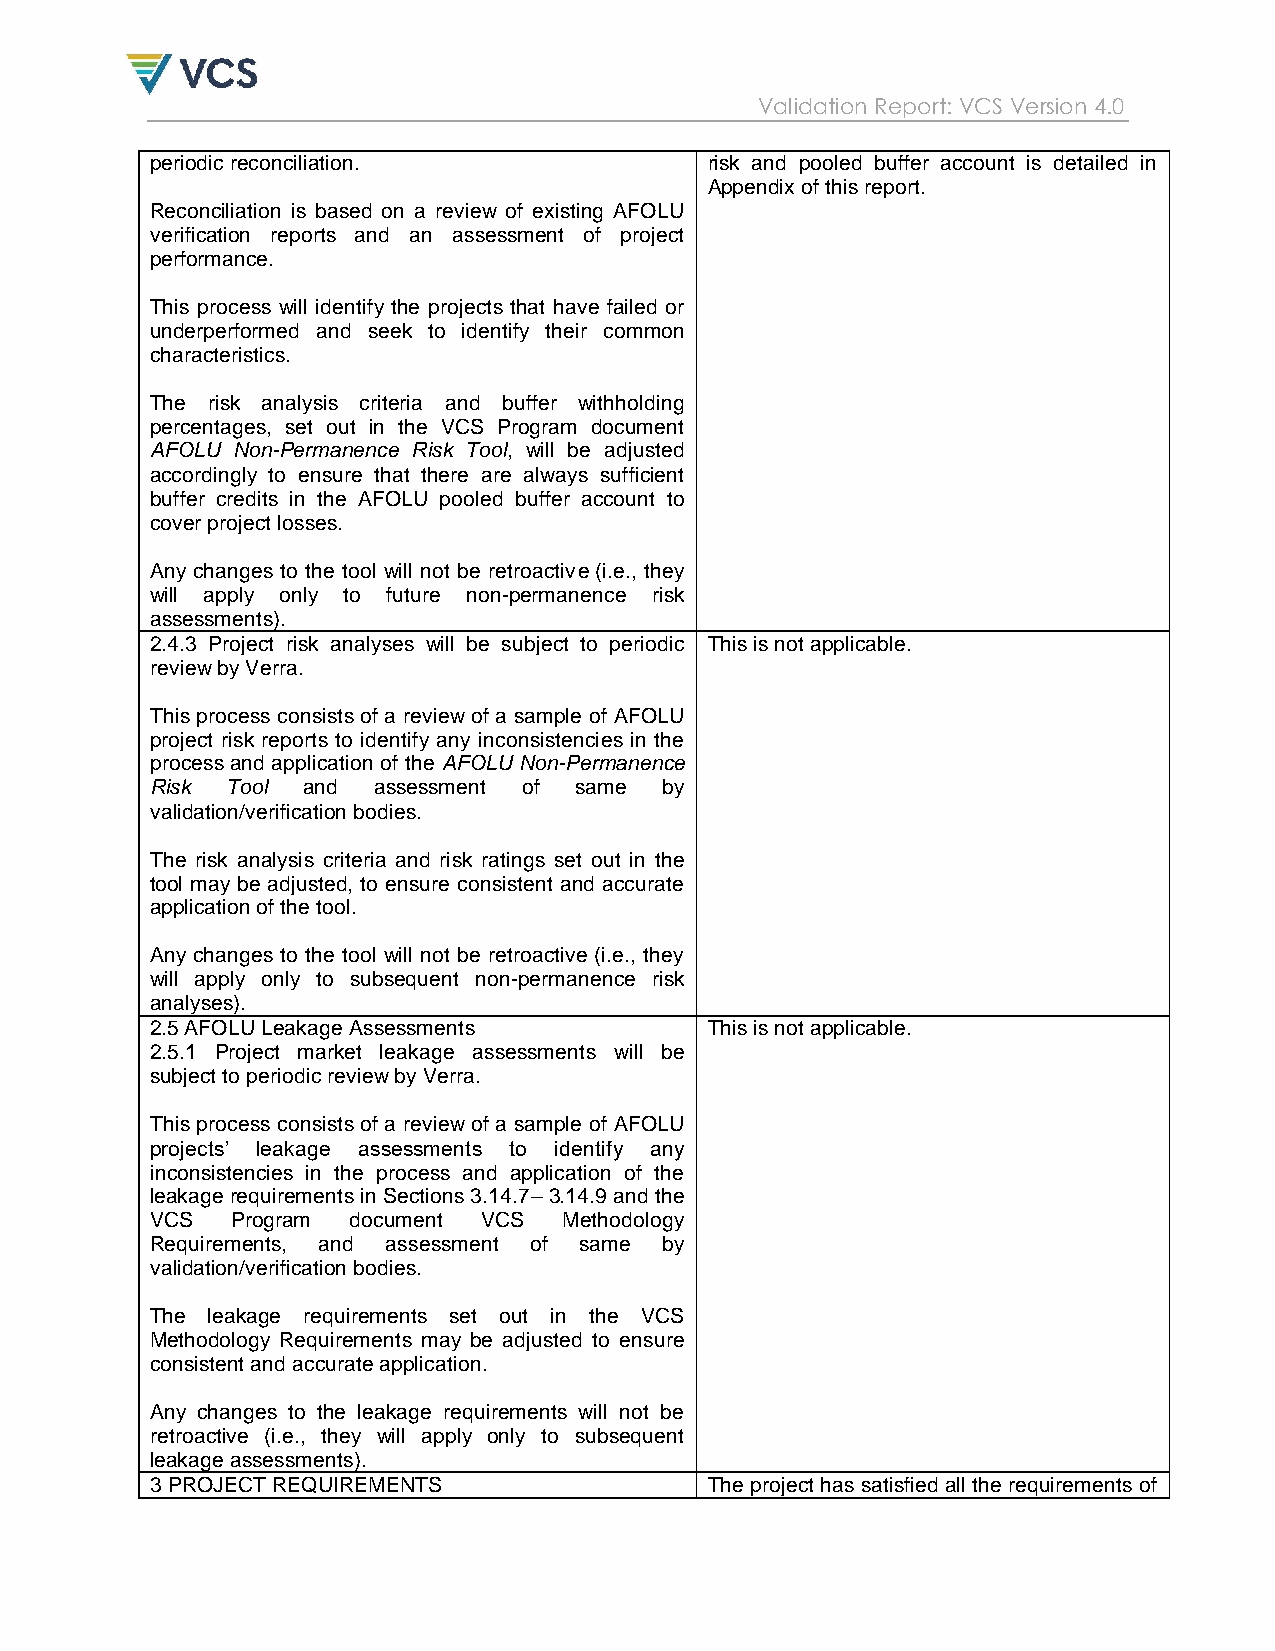
Validation Report: VCS Version 4.0
 periodic reconciliation.             risk and pooled buffer account is detailed in
 Appendix of this report.
 Reconciliation is based on a review of existing AFOLU
 verification reports and an assessment of project
 performance.
 This process will identify the projects that have failed or
 underperformed and seek to identify their common
 characteristics.
 The risk analysis criteria and buffer withholding
 percentages, set out in the VCS Program document
 AFOLU Non-Permanence Risk Tool, will be adjusted
 accordingly to ensure that there are always sufficient
 buffer credits in the AFOLU pooled buffer account to
 cover project losses.
 Any changes to the tool will not be retroactive (i.e., they
 will apply only to future non-permanence risk
 assessments).
 2.4.3 Project risk analyses will be subject to periodic This is not applicable.
 review by Verra.
 This process consists of a review of a sample of AFOLU
 project risk reports to identify any inconsistencies in the
 process and application of the AFOLU Non-Permanence
 Risk Tool and  assessment of same by
 validation/verification bodies.
 The risk analysis criteria and risk ratings set out in the
 tool may be adjusted, to ensure consistent and accurate
 application of the tool.
 Any changes to the tool will not be retroactive (i.e., they
 will apply only to subsequent non-permanence risk
 analyses).
 2.5 AFOLU Leakage Assessments        This is not applicable.
 2.5.1 Project market leakage assessments will be
 subject to periodic review by Verra.
 This process consists of a review of a sample of AFOLU
 projects‟ leakage assessments to identify any
 inconsistencies in the process and application of the
 leakage requirements in Sections 3.14.7– 3.14.9 and the
 VCS  Program document VCS  Methodology
 Requirements, and assessment of same by
 validation/verification bodies.
 The leakage requirements set out in the VCS
 Methodology Requirements may be adjusted to ensure
 consistent and accurate application.
 Any changes to the leakage requirements will not be
 retroactive (i.e., they will apply only to subsequent
 leakage assessments).
 3 PROJECT REQUIREMENTS               The project has satisfied all the requirements of